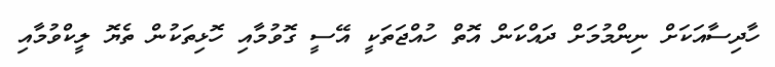
ހާދިސާއަކަށް ނިންމުމަށް ދައްކަން އޮތް ހުއްޖަތަކީ އޭސީ ގޮވުމާއި ހޮޅިތަކުން ތެޔޮ ލީކްވުމާއި